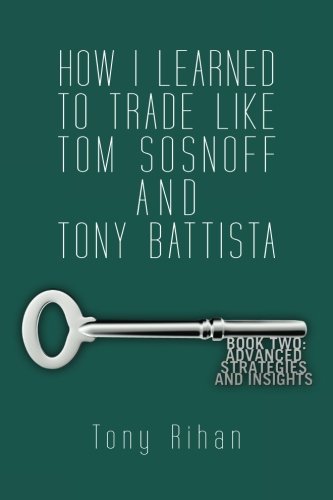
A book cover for How I learned to trade like Tom Sosnoff and Tony Battista: Book Two. Advanced Strategies and Insights (Volume 2); Tony Rihan; Business & Money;